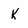
Character: K